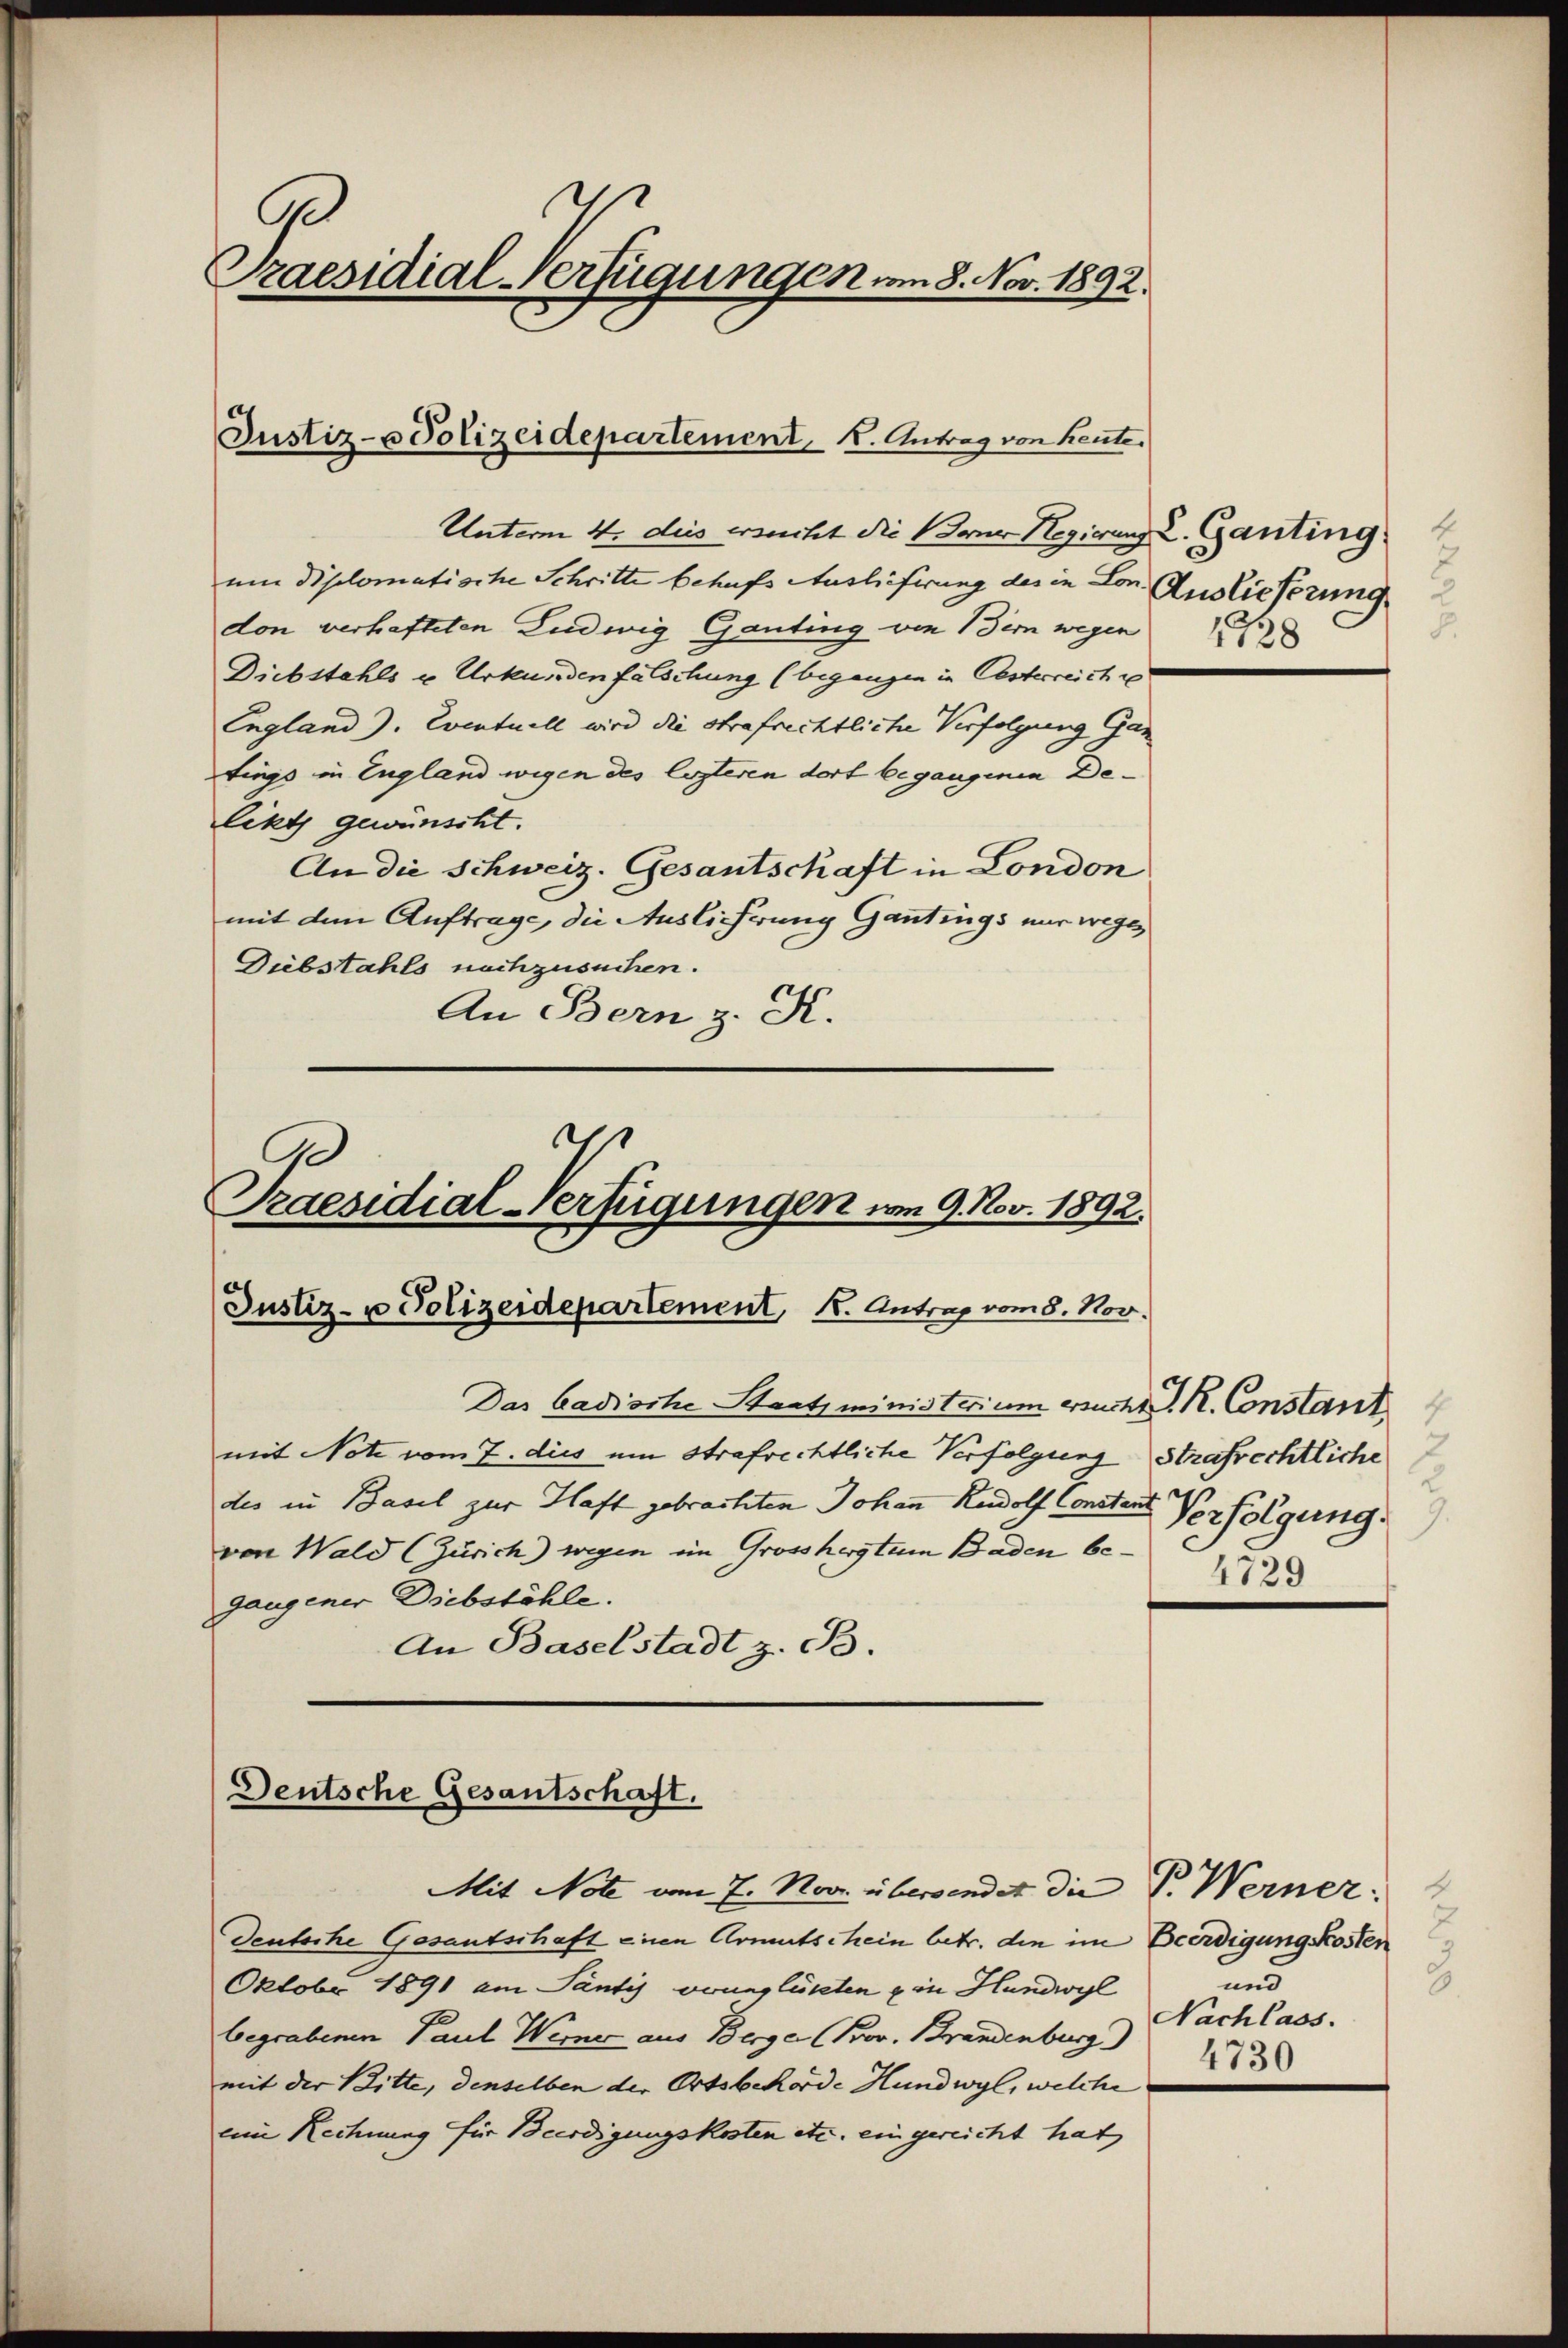
C
raesidial-Verfügungen am 8. Nov. 1892.

Unterm 4. des ersucht die drer Regierung L. Ganting
um Diplomatische Schritte behufs Auslieferung des in Lon. Auslieferung
don verhafteten Ludwig Ganting von Bern wegen
Diebstahls u. Urkundenfälschung (begangen in Oesterreich e
England). Eventuell wird die Strafrechtliche Verfolgung Gan
tings in England wegen des lezteren dort begangenen Delikt gewünscht.
An die Schweiz. Gesantschaft in London
mit dem Auftrage, die Auslicherung Gantings nur wegen
Diebstahls nachzusuchen.
An Bern z. K.
a

Justiz- u Polizeidepartement, K. Antrag von heute.

Praesidial-Verfügungen vom 9. Nov. 1892.
Justiz- u Polizeidepartement, 1. Antrag vom 8. Nov.

Das Gadische Staatsministerium ersucht d. R. Constant
mit Note vom 7. dies um Strafrechtliche Verfolgung Strafrechtliche
des in Basel zur Haft gebrachten Johann Rudolf Constand
von Wald (Zürich) wegen im Grossherstum Baden begangener Diebstähle.
An Baselstadt z. B.

Deutsche Gesantschaft.

4
.

2
Verfolgung
4729

Mit Note vom 7. Nov. überwendet die P. Werner:
Deutsche Gesantschaft einen Armutschein betr. die im Beerdigungskosten
Oktobr 1891 am Santis vounglükten ein Hundwyl
begrabenen Paul Werner aus Berger (Bov. Brandenburg
mit der Bitte, denselben der Ortsbehörde Hundwyl, welche
eine Rechnung für Beerdigungskosten etc. eingereicht hat

4
3
und
Nachlass.